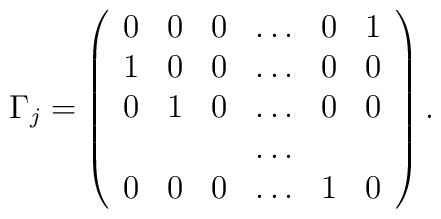
\Gamma_j = \left( \begin{array}{cccccc}   			0 & 0 & 0 & \ldots & 0 & 1 \\   			1 & 0 & 0 & \ldots & 0 & 0 \\   			0 & 1 & 0 & \ldots & 0 & 0 \\   			  &   &   & \ldots &   &   \\   			0 & 0 & 0 & \ldots & 1 & 0   		     \end{array} \right).